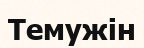
Темужін